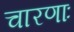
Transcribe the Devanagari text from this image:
चारणाः